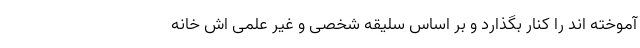
آموخته اند را کنار بگذارد و بر اساس سلیقه شخصی و غیر علمی اش خانه